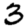
Digit: 3